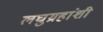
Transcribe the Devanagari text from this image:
लघुग्रहांशी